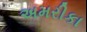
અમરીકા